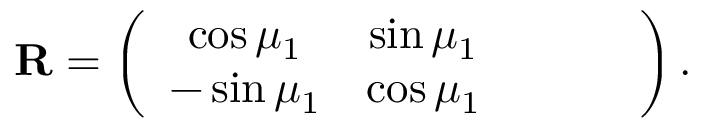
\mathbf { R } = \left( \begin{array} { c c c c c } { \cos \mu _ { 1 } } & { \sin \mu _ { 1 } } & { } & { } & { } \\ { - \sin \mu _ { 1 } } & { \cos \mu _ { 1 } } & { } & { } & { } \end{array} \right) .